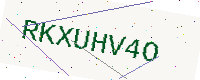
Text: RKXUHV4O